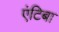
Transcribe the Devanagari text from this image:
एंटिबा